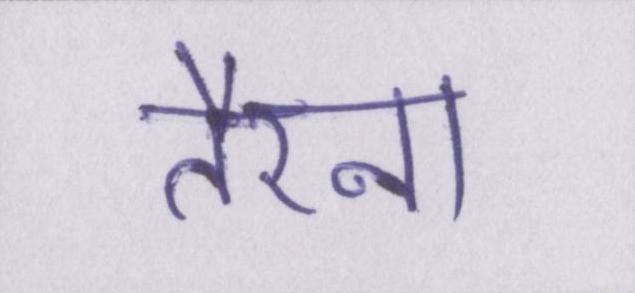
तैरना